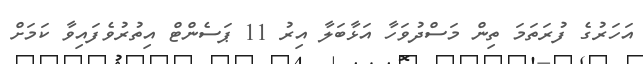
އަހަރުގެ ފުރަތަމަ ތިން މަސްދުވަހާ އަޅާބަލާ އިރު 11 ޕަސެންޓް އިތުރުވެފައިވާ ކަމަށް